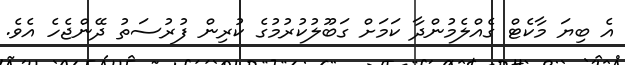
އެ ބިޔަ މާކެޓް ގެއްލެމުންދާ ކަމަށް ގަބޫލުކުރުމުގެ ކުރިން ފުރުސަތު ދޭންޖެހެ އެވެ.